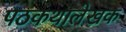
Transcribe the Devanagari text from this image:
पठकथालेखक